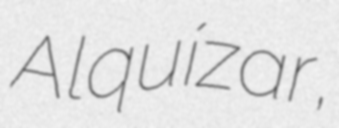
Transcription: Alquízar,